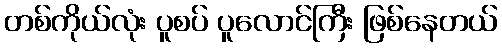
တစ်ကိုယ်လုံး ပူစပ် ပူလောင်ကြီး ဖြစ်နေတယ်